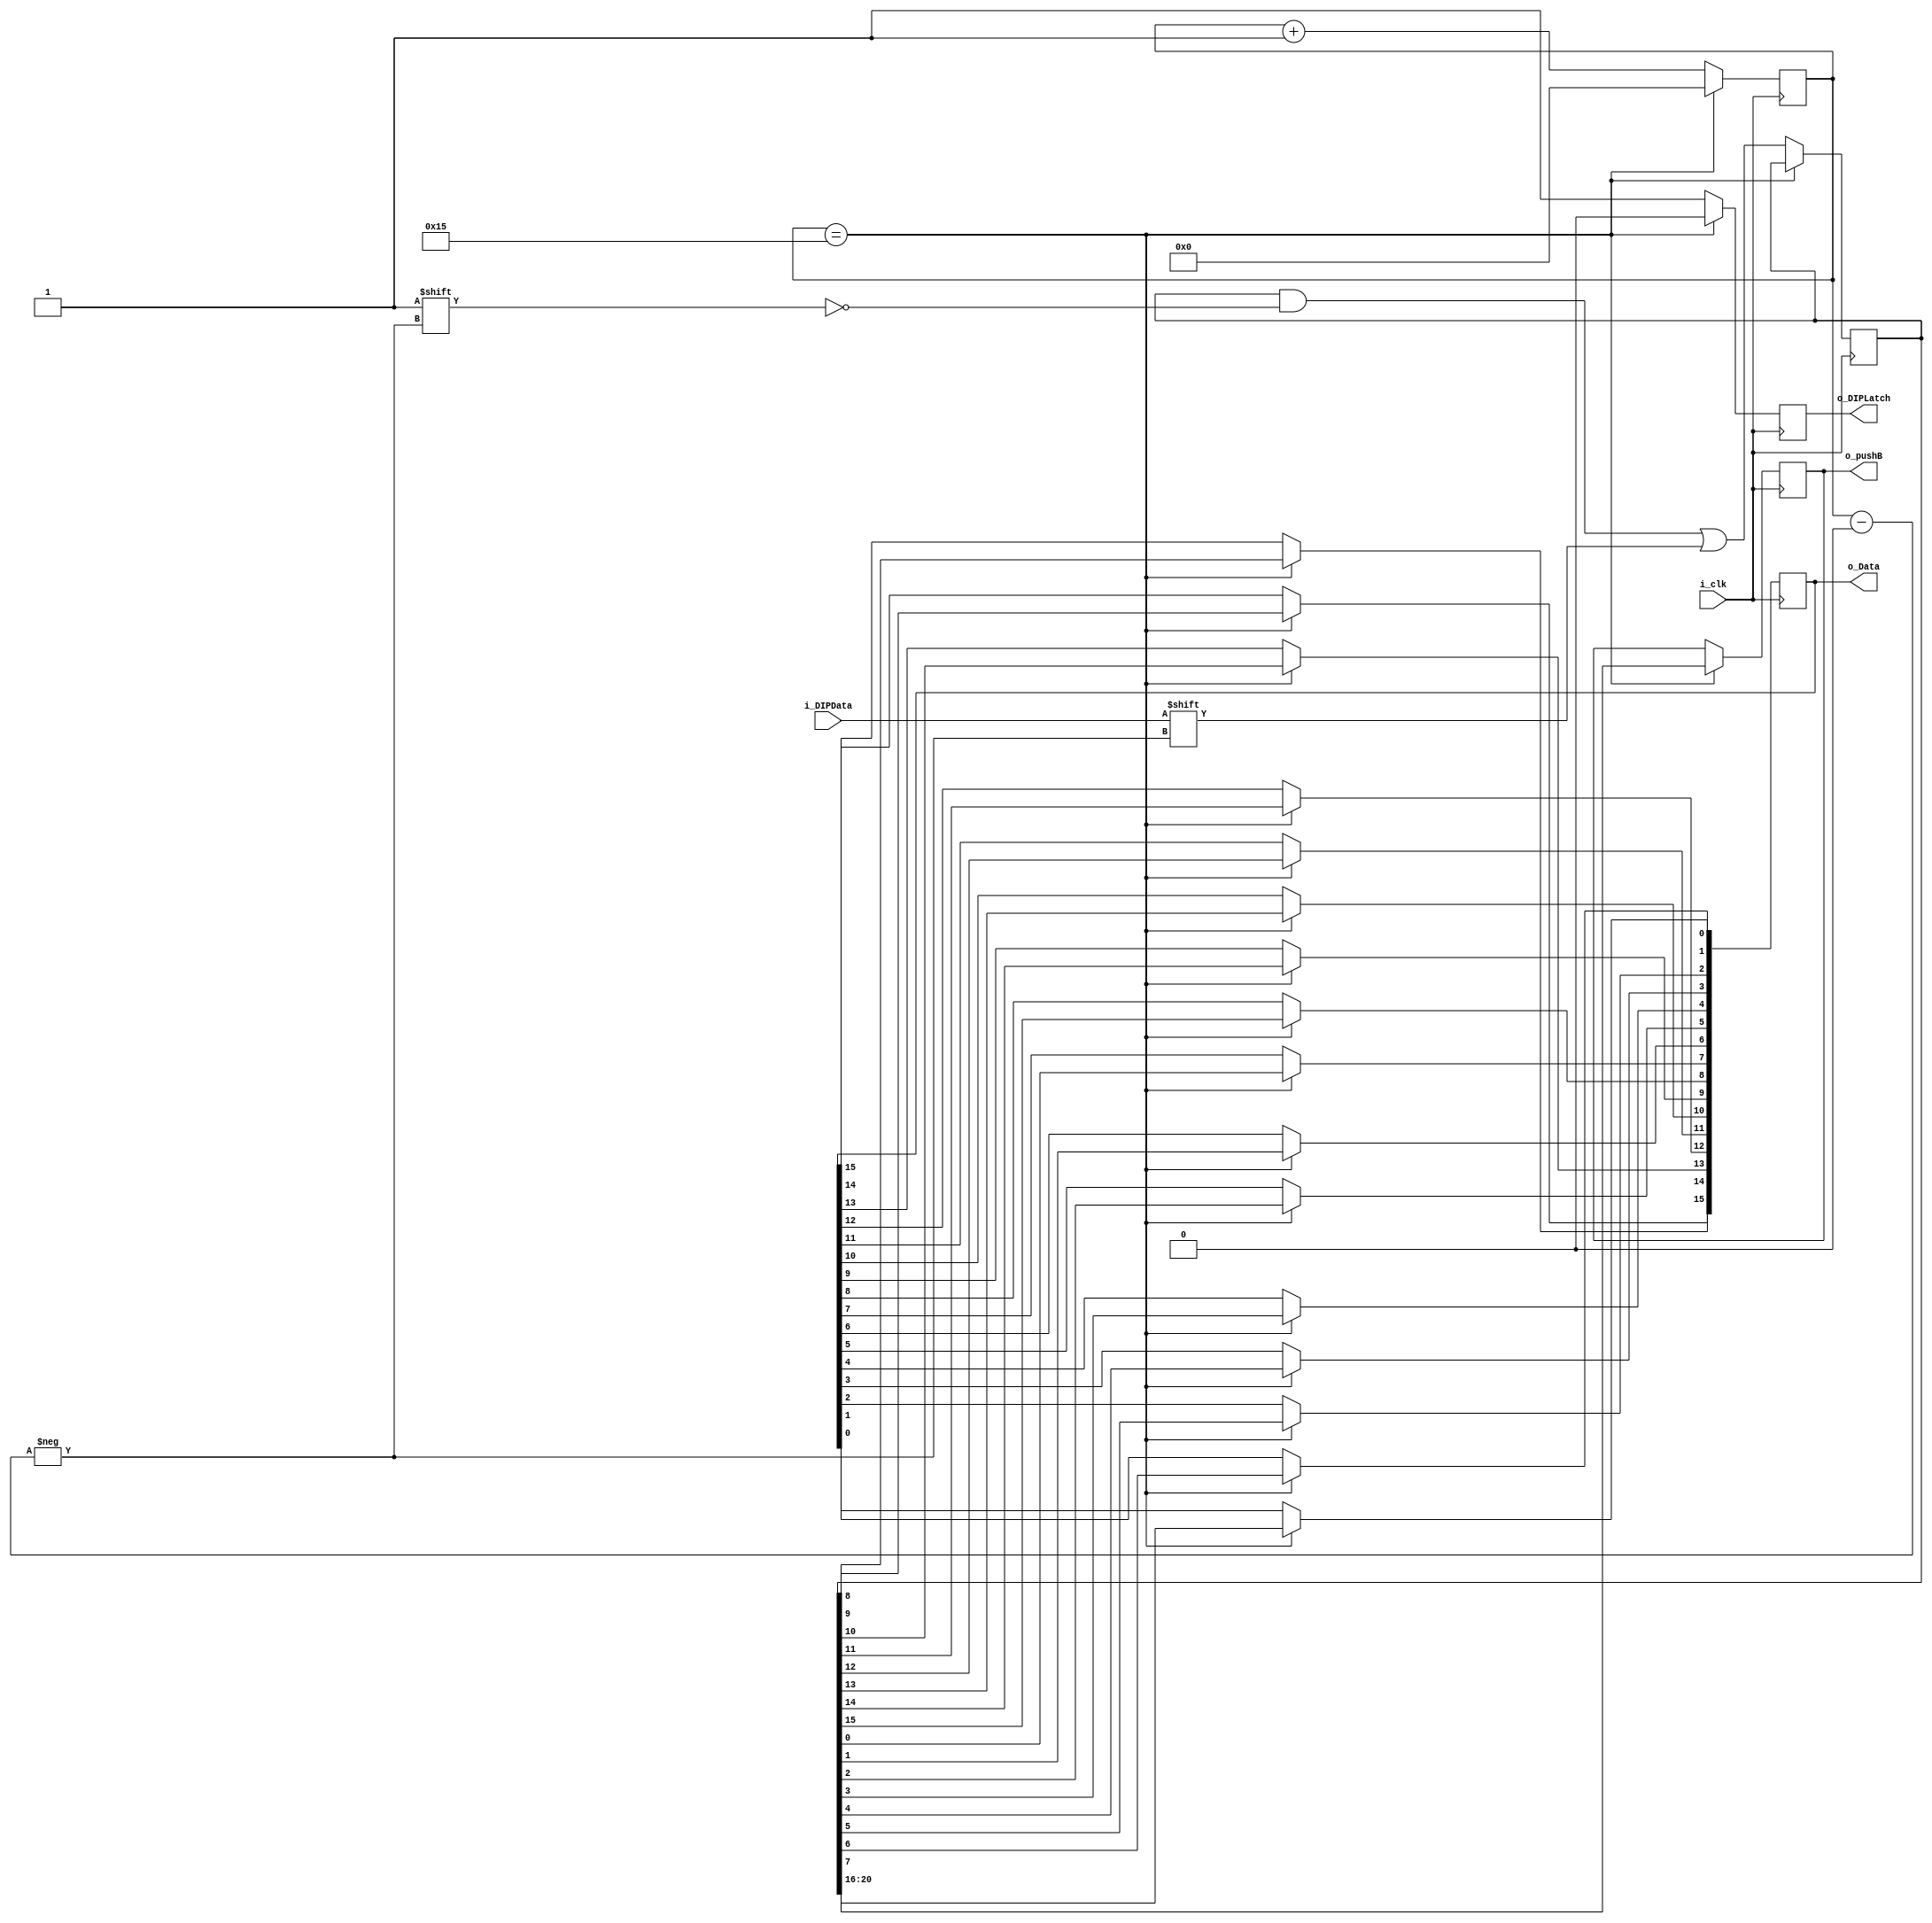
`timescale 1ns / 1ps

module DIP_Driver(
	input i_clk,
	input i_DIPData,
	output reg o_DIPLatch,
	output reg[15:0] o_Data,
	output reg[4:0] o_pushB
    );

	reg[20:0] temp ;
	reg[15:0] temp2;
	reg[4:0] temp3;
	reg[4:0] i;
	reg[4:0] i2;
	initial 
	begin
		i = 5'b00000;
		o_DIPLatch = 1'b1;
		temp = 16'b0;
		o_Data = 16'b0;
		i2 = 5'b00000;
		temp3 = 5'b00000;
	end	
	
	always @(posedge i_clk)
	begin
		if(i==21)
		begin
			i = 0;			
			o_DIPLatch = 1'b0;
			temp2 = {temp[7:0],temp[15:8]};
			for(i2=0;i2<16;i2=i2+1)
			begin
				o_Data[i2] = temp2[15-i2];				
			end
			temp3 = temp[20:16];
			o_pushB = temp3;
 			//o_Data = {temp[7:0],temp[15:8]};
			//o_Data = {temp[15:8],temp[7:0]}; wrong!!!!
		end	
		else
		begin
			temp[i] <= i_DIPData;
			i = i+1;			
			o_DIPLatch = 1'b1;			
		end		
	end
endmodule